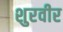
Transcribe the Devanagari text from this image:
शुरवीर